Vital statistics of India. Vol. VI, European troops 1870-79
Year: 1870
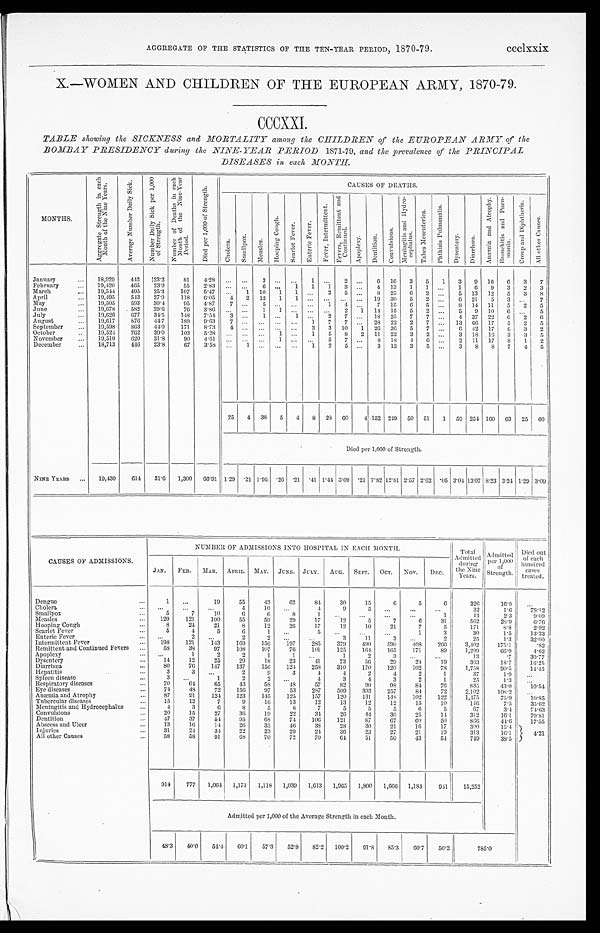
AGGREGATE OF THE STATISTICS OF THE TEN-YEAR PERIOD, 1870-79.
ccclxxix
X.—WOMEN AND CHILDREN OF THE EUROPEAN ARMY, 1870-79.
CCCXXI.
TABLE showing the SICKNESS and MORTALITY among the CHILDREN of the EUROPEAN ARMY of the
BOMBAY PRESIDENCY during the NINE-YEAR PERIOD 1871-79, and the prevalence of the PRINCIPAL
DISEASES in each MONTH.
MONTHS.
A g g r e g a t e S t r e n g t h i n e a c h
M o n t h o f t h e N i n e Y e a r s .
A v e r a g e N u m b e r D a i l y S i c k .
N u m b e r D a i l y S i c k p e r 1 , 0 0 0
o f S t r e n g t h .
N u m b e r o f D e a t h s i n e a c h
M o n t h o f t h e N i n e - Y e a r
Per i od.
D i e d p e r 1 , 0 0 0 o f S t r e n g t h .
CAUSES OF DEATHS.
C h o l e r a .
S ma l l p o x .
M e a s l e s .
H o o p i n g C o u g h .
S c a r l e t F e v e r . E n t e r i c F e v e r .
F e v e r , I n t e r m i t t e n t .
F e v e r s , R e m i t t e n t a n d
C o n t i n u e d .
Ap o p l e x y . D e n t i t i o n .
C o n v u l s i o n s .
M e n i n g i t i s a n d H y d r o -
c e p h a l u s .
T a b e s M e s e n t e r i c a . P h t h i s i s P u l m o n a l i s .
D y s e n t e r y .
Di a r r h œa .
A n æ m i a a n d A t r o p h y .
B r o n c h i t i s a n d P n e u -
m o n i a . C r o u p a n d D i p h t h e r i a .
A l l o t h e r C a u s e s .
January
... 18,929
442 23.3
81 4.28 ...
...
3
. . . ...
1
. . .
2 ...
6 16 3 5 1 3 9 16 6 3 7
February
... 19,420
465 23.9
55 2.83 ... ... 6 ... 1 1 1
3 ... 4 13 1 1 ... 1 6 9 3 2 3
March
... 19,544 495 25.3
107 5.47
. . . 1 10 1 1 ... 2 5 ... 8 25 6 2 ... 5 13 12 5 3 8
April
... 19,495
543 27.9
118 6.05 4 2 12 1 1 ... ... ... ... 19 30 5 2 ... 6 21 5 3 ... 7
May
... 19,505
593 30.4
95 4.87 7 ... 5 ... ...
. . . 1 4 ... 7 15 6 5 ...
8 14 11 5 2 5
June
... 19,678
582 29.6
76 3.86 . . . ... 1 1 ... ...
. . . 2 1 14 15 5 2 ... 5 9 10 6
. . . 5
July
... 19,626
677 34.5
148 7.54 3 ... 1 ... 1 ... 2 7 ... 18 25 7 7 ... 4 37 22 6 2
6
August
... 19,617
876 44.7
189 9.63 7 ... ... ... ... 1 7 7 ... 28 22 2 7 ... 13 66 17 5 2 5
September ... 19,598
863 44.0
171 8.73 4 ... ... ... ... 3 3 10 1 26 36 5 7 ...
6 42 17
6 3 2
October
... 19,524 762 39.0
103 5.28 . . . ... . . . 1 ... 1 5 8 2 11 22 3 2 ... 3 18 16 3 3 5
November
... 19,510
620 31.8
90 4.61 . . . ... ... 1 ... ... 5 7 ... 8 18 4 6 ... 2 11 17 8 1 2
December
... 18,713
446 23.8
67 3.58 ... 1 ... ... ... 1 2 5 ... 3 12 3 5 ... 3 8 8 7 4 5
25 4 38 5 4 8 28
6 0 4 152 249 50 51 1 59 254 160 63 25 60
Died per 1,000 of Strength.
NINE YEARS ... 19,430
614 31.6 1,300 66.91 1.29 .21 1.96 .26 .21 .41 1.44 3.09 .21 7.82 12.81 2.57 2.62 .05 3.04 13.07 8.23 3.24 1.29 3 . 0 9
CAUSES OF ADMISSIONS.
NUMBER OF ADMISSIONS INTO HOSPITAL IN EACH MONTH.
Total
Admitted d u r i n g
the Nine
Years.
Admitted
per 1,000
of
Strength.
Died out
of each
hundred c a s e s
t r e a t e d.
JAN. FEB. MAR. APRIL. MAY. JUNE. JULY. AUG. SEPT. OCT. NOV. DEC.
Dengue
. . .
1
. . .
19
55
43
62
84
30
15
6
5
6
326
16.8
. . .
Cholera
. . . . . .
. . .
...
4
10 ...
4
9
5
. . . ...
...
32
1.6
78.12
Smallpox
...
5
7
10
6
6
8
1 ...
...
...
. . .
1
44
2.3
9. 09
Measles
. . . 120
121
100
55
59
29
17
12
5
7
6 31
562
28.9
6. 76
Hooping Cough
. . .
8
24
21
8
12
26
17
12
10
21
7
5
171
8.8
2.92
Scarlet Fever
. . .
5
4
5
6
1 ...
5 ...
...
...
1
3
30
1.5
13.33
Enteric Fever
... ...
2 ...
2
2
. . . ...
3
11
3
. . . 2
25
1.3
32. 00
Intermittent Fever
... 198
121
143
169
156
197
285
379
4 9 0
590 4 0 8
266
3,402
175.1
.82
Remittent and Continued Fevers . . .
58
38
97
108
107
76
101
125
1 6 4
165 171
89
1,299
66.9
4.62
Apoplexy
. . . ...
1
2
2
1
1
. . .
1
2
3 ...
...
13
.7
30.77
Dysentery
. . .
14
12
25
29
18
23
4 1
73
56
29
2 4
19
363
18.7
16.25
Diarrhœa
. . .
80
76
147
137
156
124
258 310
170
120
102
78
1,758
90.5
14.45
Hepatitis
. . .
3
3
. . .
2
9
3
4
4
2
4
2
1
37
1.9 ...
Spleen disease
...
3
. . .
1
2
2
. . .
4
3
4
3
2
1
25
1.3 . . .
Respiratory diseases
. . .
70
64
65
43
58
48
57
82
90
9 8
84
76
835
43.0
10. 54
Eye diseases
. . .
74
48
72
156
97
53
287 509
393
257
8 4
72
2,102
108.2 ...
Anæmia and Atrophy
. . .
87
91
124 123
145
125
157
120
131
148
102
122
1,475
75.9
10. 85
Tubercular diseases
. . .
15
12
7
9
16
13
12
13
12
12
15
10
146
7.5
35. 62
Meningitis and Hydrocephalus
. . .
4
3
6
8
5
8
7
5
5
5
6
5
67
3.4
74.63
Convulsions
...
20
15
27
36
19
22
34
26
44
30
25
14
312
16.1
79.81
Dentition
. . .
47
37
54
95
68
74
106
121
87
67
60
50
866
44.6
17. 55
Abscess and Ulcer
. . .
13
16
14
26
35
4 6
38
28
30
21
1 6
17
300
15.4
4. 21
Injuries
...
31
24
34
22
23
29
24
36
23
27
21
19
313
16.1
All other Causes
...
58
58
91
68
70
72
70
64
51
50
43
54
749
38.5
914
777 1,064 1,171 1,118 1,039 1,613 1,965 1,800 1,666 1, 184
941
15,252
Admitted per 1,000 of the Average Strength in each Month.
48.3 40. 0
54.4
60. 1
57.3 52.8 82.2 100.2 91.8 85.3 60. 7
50.3
7 8 5 . 0